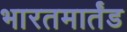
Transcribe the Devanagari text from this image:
भारतमार्तंड